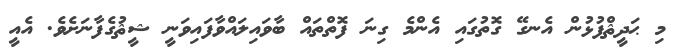
މި ޙަދީޘްފުޅުން އެނގޭ ގޮތުގައި އެންމެ ގިނަ ފޮތްތައް ބާވައިލައްވާފައިވަނީ ޝީޘުގެފާނަށެވެ. އެއީ